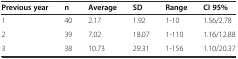
| Previous year | n | Average | SD | Range | CI 95% |
 | --- | --- | --- | --- | --- | --- |
 | 1 | 40 | 2.17 | 1.92 | 1-10 | 1.56/2.78 |
 | 2 | 39 | 7.02 | 18.07 | 1-110 | 1.16/12.88 |
 | 3 | 38 | 10.73 | 29.31 | 1-156 | 1.10/20.37 |